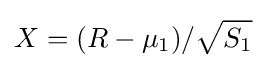
X=(R-\mu _{1})/{\sqrt {S_{1}}}